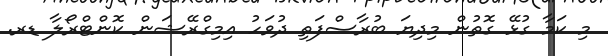
މި ކަމާ ގުޅޭ ގޮތުން މިދިޔަ ބުރާސްފަތި ދުވަހު އިމިގްރޭޝަން ކޮންޓްރޯލާ ޑރ.